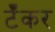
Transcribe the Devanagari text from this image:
टॅँकर